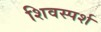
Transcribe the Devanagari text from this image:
शिवस्पर्श